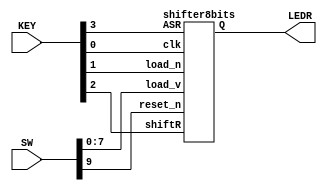
module Lab4P3(SW,KEY,LEDR);
	input [9:0] SW;
	input [3:0] KEY;
	output [7:0] LEDR;
	
	wire [7:0] Q;
	wire ASR = KEY[3];
	wire [7:0] load_value = SW[7:0];
	wire load_n = KEY[1]; //active low
	wire clk = KEY[0];
	wire shiftR = KEY[2];
	wire reset_n = SW[9];

	shifter8bits mainshifter(load_n,load_value,ASR,shiftR,clk,reset_n,Q);
	assign LEDR = Q;

endmodule



module shifter8bits(load_n,load_v,ASR,shiftR,clk,reset_n,Q);
	input load_n;
	input [7:0] load_v;
	input ASR;
	input shiftR;
	input clk;
	input reset_n;
	output [7:0] Q;

	wire w0;

	//The first mux2to1
	mux2to1 m0(1'b0,Q[7],ASR,w0);
	
	//Here start 8 ShifterBits
	shifterbit sb7(load_n,load_v[7],w0,shiftR,clk,reset_n,Q[7]);
	shifterbit sb6(load_n,load_v[6],Q[7],shiftR,clk,reset_n,Q[6]);
	shifterbit sb5(load_n,load_v[5],Q[6],shiftR,clk,reset_n,Q[5]);
	shifterbit sb4(load_n,load_v[4],Q[5],shiftR,clk,reset_n,Q[4]);
	shifterbit sb3(load_n,load_v[3],Q[4],shiftR,clk,reset_n,Q[3]);
	shifterbit sb2(load_n,load_v[2],Q[3],shiftR,clk,reset_n,Q[2]);
	shifterbit sb1(load_n,load_v[1],Q[2],shiftR,clk,reset_n,Q[1]);
	shifterbit sb0(load_n,load_v[0],Q[1],shiftR,clk,reset_n,Q[0]);
endmodule



module shifterbit(load_n,load_v,in,shift,clk,reset_n,out);
	input load_n;
	input load_v;
	input in;
	input shift;
	input clk;
	input reset_n;
	output out;
	
	wire w1,w2;

	mux2to1 m1(out,in,shift,w1);
	mux2to1 m2(load_v,w1,load_n,w2);
	D_flipflop d0(w2,clk,reset_n,out);
endmodule




//------------------------help method-------------------------
module D_flipflop(d,clk,reset_n,q);
	input d;
	input clk;
	input reset_n;
	output q;

	reg tempq;
	always @(posedge clk)
	begin
		if(reset_n == 1'b0)
			tempq <= 1'b0;
		else
			tempq <= d;
	end
	assign q = tempq;
endmodule

module mux2to1(x, y, s, m);
    input x; //selected when s is 0
    input y; //selected when s is 1
    input s; //select signal
    output m; //output
    assign m = s & y | ~s & x;
endmodule